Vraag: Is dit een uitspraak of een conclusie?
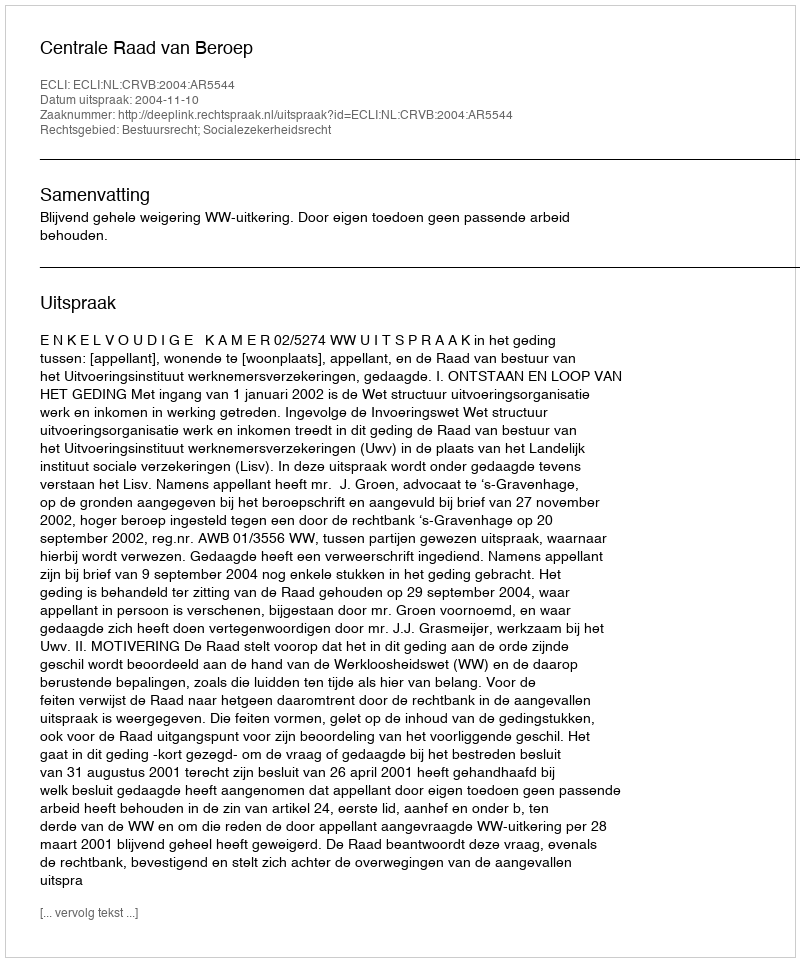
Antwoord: Uitspraak